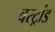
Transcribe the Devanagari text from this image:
बरट्रांड